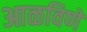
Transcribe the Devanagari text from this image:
आळविणे